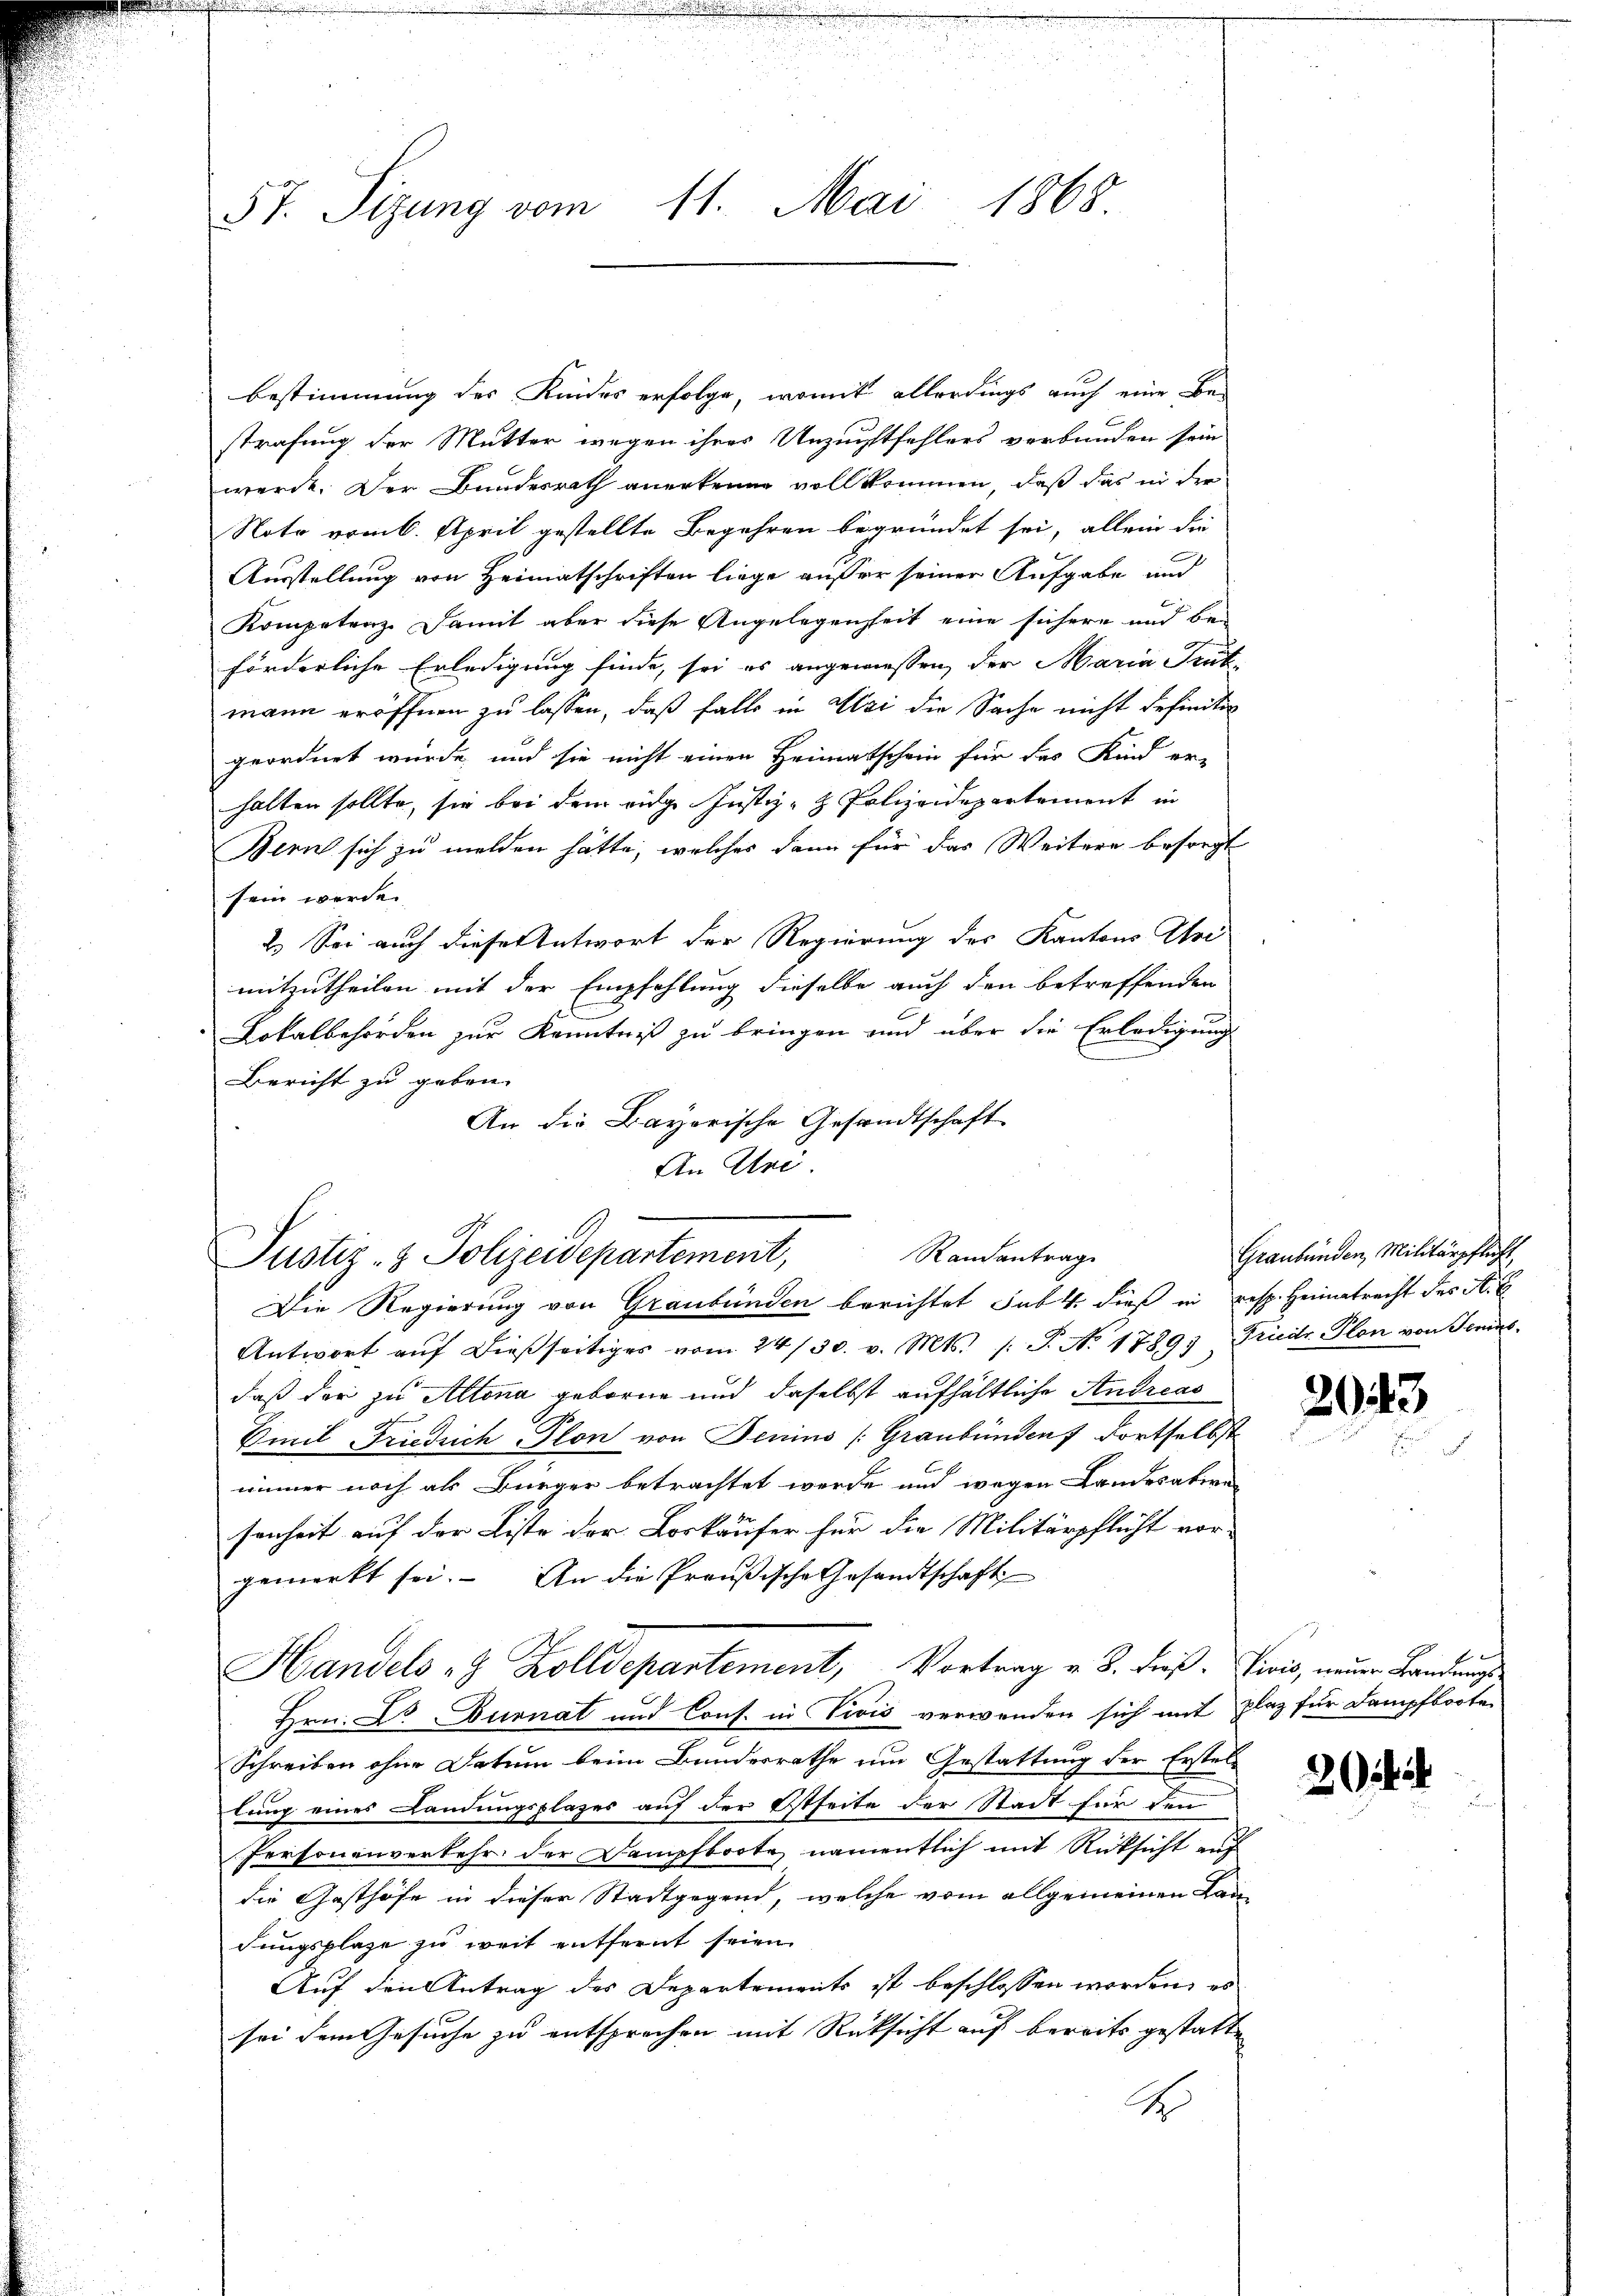
57. Sizung vom 11. Mai 1868.

Bestimmung des Kindes erfolge, womit allerdings auch eine Be-
strafung der Mutter wegen ihres Unzuchtfehlers verbunden sein
werde. Der Bundesrath anerkenne vollkommen, daß das in der
Noto vom 6. April gestellte Begehren begründet sei, allein die
Ausstellung von Heimatschriften liege außer seiner Aufgabe und
Kompetenz. Damit aber diese Angelegenheit eine sichern und be-
förderliche Erledigung finde, sei es angewiessen, der Maria Trütmann eröffnen zu lassen, daß falls in Uri die Sache nicht definiti
geordnet wurde, und sie nicht einen Heimatschein für das Kind er-
halten sollte, sie bei dem eidge Justiz- & Polizeidepartement in
Bern sich zu melden hätte, welches dann für das Weitere besorgt
sein werde.
2.) Sei auch dieser Antwort der Regierung des Kantons Uhre
mitzutheilen mit der Empfehlung dieselbe auch den betreffenden
Lokalbehörden zur Kenntniß zu bringen und über die Erledigung
Bericht zu geben.
An die Bayerische Gesandtschaft
An Uri
Die Regierung von Graubünden berichtet sub. 4. dieß in resp. Heimatrecht des A. E
Antwort aŭf dießseitiges vom 24/30. v. Mts. (T. No. 1789, Friedr Plon von Jenins
daß der zu Altena geboren und daselbst aufhältliche Andreas
Emil Friedrich Plon von Jenins (Graubünden dortselbst
immer noch als Bürger betrachtet werde und wegen Landesation
senheit auf der Liste der Loskäufer für die Militärpflicht vor-
gemerkt sei. An die Preußische Gesandtschaft
Handels "J Zolldepartement, Vortrag u. B. dieß. Divis, neuer Bandungs
Hrn. C. Durnat und Cons. in Vivis verwenden sich mit plaz für Dampfboote
Schreiben ohne Datum beim Bundesrathe um Gestattung der Erstel
lung eines Landungsplazes auf der Etseite der Stadt für den
Personenverkehr der Dampfboote, namentlich mit Rücksicht auf
die Gasthöfe in dieser Stadtgegend, welche vom allgemeinen Landungsplaze zu weit entfernt seien
Auf den Antrag des Departements ist beschlossen worden, in
sei dem Gesuche zu entsprochen mit Rücksicht auf bereits gestatte
1

Randantrag
Justiz- & Polizeidepartement,

Graubünden, Militärpflicht

2043

a

2